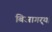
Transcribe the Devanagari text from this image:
बिजागर्‍या